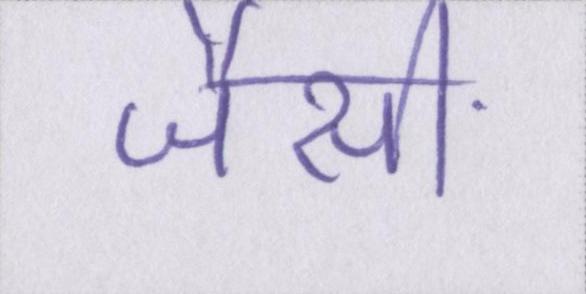
जैसी